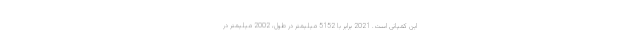
این کمپانی است. 2021 برابر با 5152 میلیمتر در طول، 2002 میلیمتر در